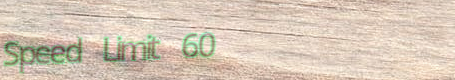
Speed Limit 60